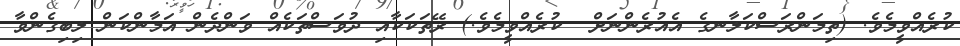
ކުރެއްވީމެވެ. (ތިމަންރަސްކަލާނގެ އެއުރެންނަށް  ކުރެއްވީމެވެ.) ރޭތަކަކާއި ދުވަސްތަކެއް ވަންދެން އަމާންކަން ލިބިގެންވާ